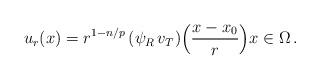
LaTeX: \begin{align*}u_r(x)= r^{1-n/p}\,(\psi_R\,v_T)\Big(\frac{x-x_0}{r} \Big)x\in\Omega\,.\end{align*}